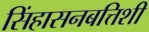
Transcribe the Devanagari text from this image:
सिंहासनबत्तिशी